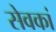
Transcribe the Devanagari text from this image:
सेवकां